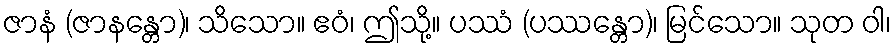
ဇာနံ (ဇာနန္တော)၊ သိသော။ ဧဝံ၊ ဤသို့။ ပဿံ (ပဿန္တော)၊ မြင်သော။ သုတ ဝါ၊